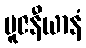
ပူဇနီယာနံ